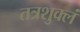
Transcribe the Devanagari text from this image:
तत्रशुक्लं